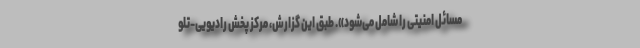
مسائل امنیتی را شامل می‌شود». طبق این گزارش، مرکز پخش رادیویی-تلو